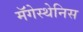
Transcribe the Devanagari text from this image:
मॅगेस्थेनिस